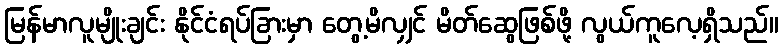
မြန်မာလူမျိုးချင်း နိုင်ငံရပ်ခြားမှာ တွေ့မိလျှင် မိတ်ဆွေဖြစ်ဖို့ လွယ်ကူလေ့ရှိသည်။